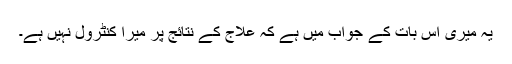
یہ میری اِس بات کے جواب میں ہے کہ علاج کے نتائج پر میرا کنٹرول نہیں ہے۔